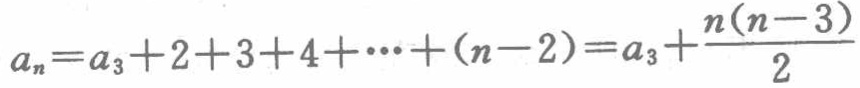
\(a_{n}=a_{3}+2 + 3 + 4+\cdots+(n - 2)=a_{3}+\frac{n(n - 3)}{2}\)